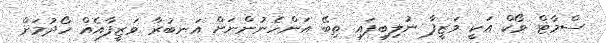
ސްމާޓް ވޯކް އަކީ ވަޒީފާ ނުލިބިފައި ތިބޭ އަންހެނުންނަށް އަނބުރާ ވަޒީފާއެއް ހޯދުމަށް